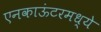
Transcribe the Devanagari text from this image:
एनकाऊंटरमध्ये